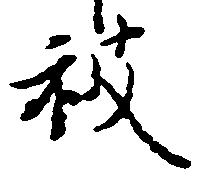
被